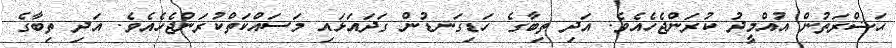
ޙަޟްރަތުން އުއްމީދު ކުރަންޖެހެއެވެ. އަދި ތިބާގެ ހަޑިގަނޑުން ގަދައަޅައި މަސައްކަތްކުރަންޖެހެއެވެ. އަދި ތިބާގެ